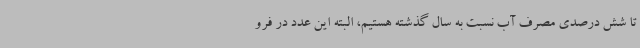
تا شش درصدی مصرف آب نسبت به سال گذشته هستیم، البته این عدد در فرو